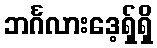
ဘင်္ဂလားဒေ့ရှ်ရှိ